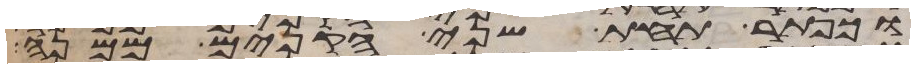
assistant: וכפתר תחת שני הקנים ממנה